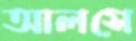
আলসে